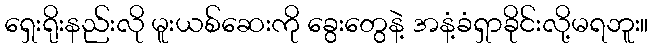
ရှေးရိုးနည်းလို မူးယစ်ဆေးကို ခွေးတွေနဲ့ အနံ့ခံရှာခိုင်းလို့မရဘူး။